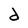
Character: d